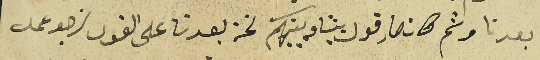
بعدنا وثم كان صار قول بيننا وبينكم نحن بعدنا على القول نرجو عمل